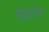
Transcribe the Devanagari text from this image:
नेफ्रोन